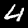
Label: 4